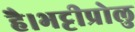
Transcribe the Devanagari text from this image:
है।भट्टीप्रोलु